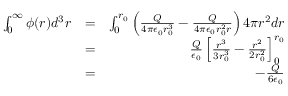
\begin{array} { r l r } { \int _ { 0 } ^ { \infty } \phi ( r ) d ^ { 3 } r } & { = } & { \int _ { 0 } ^ { r _ { 0 } } \left( \frac { Q } { 4 \pi \epsilon _ { 0 } r _ { 0 } ^ { 3 } } - \frac { Q } { 4 \pi \epsilon _ { 0 } r _ { 0 } ^ { 2 } r } \right) 4 \pi r ^ { 2 } d r } \\ & { = } & { \frac { Q } { \epsilon _ { 0 } } \left[ \frac { r ^ { 3 } } { 3 r _ { 0 } ^ { 3 } } - \frac { r ^ { 2 } } { 2 r _ { 0 } ^ { 2 } } \right] _ { 0 } ^ { r _ { 0 } } } \\ & { = } & { - \frac { Q } { 6 \epsilon _ { 0 } } } \end{array}